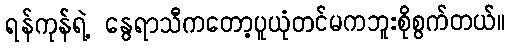
ရန်ကုန်ရဲ့ နွေရာသီကတော့ပူယုံတင်မကဘူးစိုစွက်တယ်။